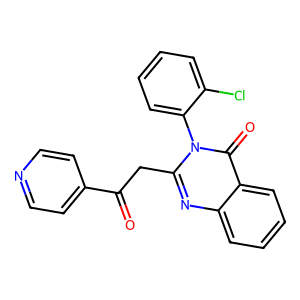
SMILES: O=C(Cc1nc2ccccc2c(=O)n1-c1ccccc1Cl)c1ccncc1
Inhibits HIV replication: No